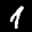
Label: 1